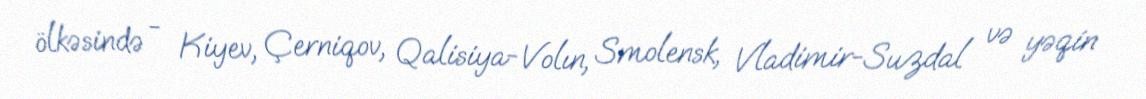
ölkəsində - Kiyev, Çerniqov, Qalisiya-Volın, Smolensk, Vladimir-Suzdal və yəqin